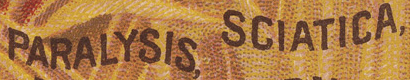
PARALYSIS, SCIATICA,